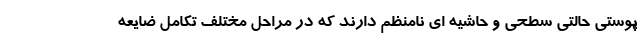
پوستی حالتی سطحی و حاشیه ای نامنظم دارند که در مراحل مختلف تکامل ضایعه